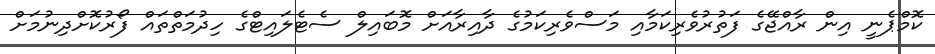
ކޮމްޕެނީ އިން ރާއްޖޭގެ ފަތުރުވެރިކަމާއި މަސްވެރިކަމުގެ ދާއިރާއަށް މޮބައިލް ސެޓެލައިޓްގެ ހިދުމަތްތައް ފޯރުކޮށްދިނުމަށް